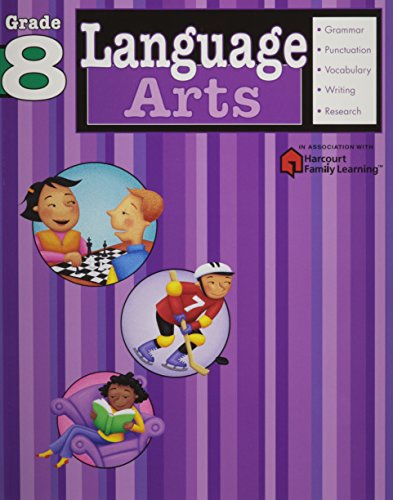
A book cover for Language Arts: Grade 8 (Flash Kids Harcourt Family Learning); Teen & Young Adult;